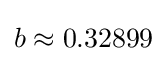
b\approx 0.32899